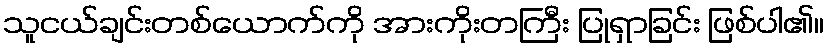
သူငယ်ချင်းတစ်ယောက်ကို အားကိုးတကြီး ပြုရှာခြင်း ဖြစ်ပါ၏။